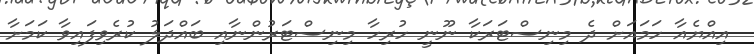
އިއްޔެއާ ހަމައަށް ދެ މިނިސްޓަރަކާ ނޫނީ ހުރިހާ މިނިސްޓަރުންނާއި ބައްދަލު ކުރެވިފައިވާ ކަމަށާ